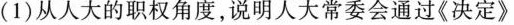
(1)从人大的职权角度，说明人大常委会通过《决定》